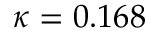
\kappa = 0 . 1 6 8